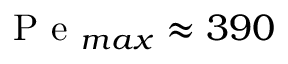
\mathrm { ~ P ~ e ~ } _ { m a x } \approx 3 9 0